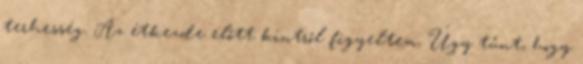
terhesség. Az étkezde előtt kintről figyeltem. Úgy tűnt, hogy